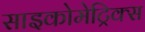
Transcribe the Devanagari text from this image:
साइकोमेट्रिक्स